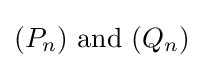
(P_{n}){\text{ and }}(Q_{n})